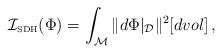
LaTeX: \begin{align*}{\mathcal I}_{\mbox{\tiny SDH}}(\Phi) = \int_{\mathcal{M}}\|d\Phi|_{\mathcal{D}}\|^2[dvol]\,,\end{align*}